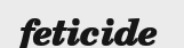
feticide